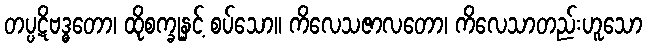
တပ္ပဋိဗဒ္ဓတော၊ ထိုစက္ခုနှင့် စပ်သော။ ကိလေသဇာလတော၊ ကိလေသာတည်းဟူသော